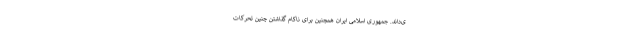
ی‌داند. جمهوری اسلامی ایران همچنین برای ناکام گذاشتن چنین تحرکات